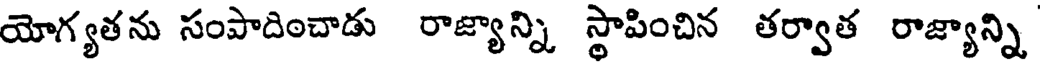
యోగ్యతను సంపాదించాడు రాజ్యాన్ని స్థాపించిన తర్వాత రాజ్యాన్ని